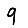
Digit: 9